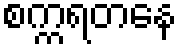
စက္ကရတနေ